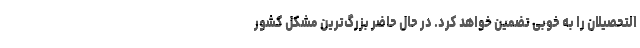
التحصیلان را به خوبی تضمین خواهد کرد. در حال حاضر بزرگ‌ترین مشکل کشور